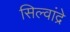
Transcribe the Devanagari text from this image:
सिल्वांद्रे